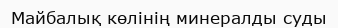
Майбалық көлінің минералды суды